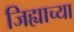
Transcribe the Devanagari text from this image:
जिह्याच्‍या